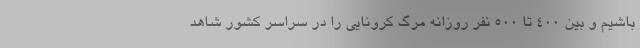
باشیم و بین 400 تا 500 نفر روزانه مرگ کرونایی را در سراسر کشور شاهد